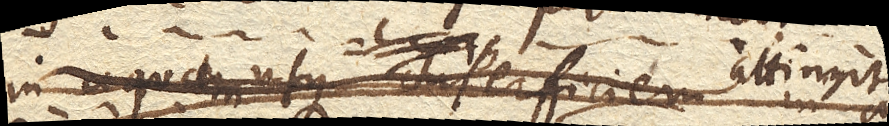
in aquam usque superficiem in aquam usque ad C. attingit